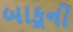
બાકૂની